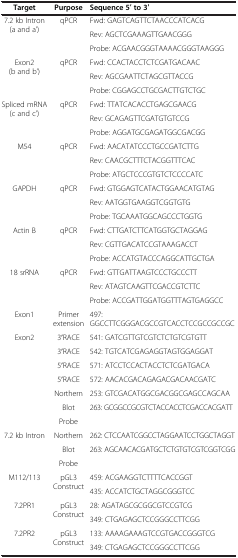
<table><thead><tr><td><b>Target</b></td><td><b>Purpose</b></td><td><b>Sequence 5′ to 3′</b></td></tr></thead><tbody><tr><td rowspan="3">7.2 kb Intron (a and a’)</td><td rowspan="3">qPCR</td><td>Fwd: GAGTCAGTTCTAACCCATCACG</td></tr><tr><td>Rev: AGCTCGAAAGTTGAACGGG</td></tr><tr><td>Probe: ACGAACGGGTAAAACGGGTAAGGG</td></tr><tr><td rowspan="3">Exon2 (b and b’)</td><td rowspan="3">qPCR</td><td>Fwd: CCACTACCTCTCGATGACAAC</td></tr><tr><td>Rev: AGCGAATTCTAGCGTTACCG</td></tr><tr><td>Probe: CGGAGCCTGCGACTTGTCTGC</td></tr><tr><td rowspan="3">Spliced mRNA (c and c’)</td><td rowspan="3">qPCR</td><td>Fwd: TTATCACACCTGAGCGAACG</td></tr><tr><td>Rev: GCAGAGTTCGATGTGTCCG</td></tr><tr><td>Probe: AGGATGCGAGATGGCGACGG</td></tr><tr><td rowspan="3">M54</td><td rowspan="3">qPCR</td><td>Fwd: AACATATCCCTGCCGATCTTG</td></tr><tr><td>Rev: CAACGCTTTCTACGGTTTCAC</td></tr><tr><td>Probe: ATGCTCCCGTGTCTCCCCATC</td></tr><tr><td rowspan="3">GAPDH</td><td rowspan="3">qPCR</td><td>Fwd: GTGGAGTCATACTGGAACATGTAG</td></tr><tr><td>Rev: AATGGTGAAGGTCGGTGTG</td></tr><tr><td>Probe: TGCAAATGGCAGCCCTGGTG</td></tr><tr><td rowspan="3">Actin B</td><td rowspan="3">qPCR</td><td>Fwd: CTTGATCTTCATGGTGCTAGGAG</td></tr><tr><td>Rev: CGTTGACATCCGTAAAGACCT</td></tr><tr><td>Probe: ACCATGTACCCAGGCATTGCTGA</td></tr><tr><td rowspan="3">18 srRNA</td><td rowspan="3">qPCR</td><td>Fwd: GTTGATTAAGTCCCTGCCCTT</td></tr><tr><td>Rev: ATAGTCAAGTTCGACCGTCTTC</td></tr><tr><td>Probe: ACCGATTGGATGGTTTAGTGAGGCC</td></tr><tr><td>Exon1</td><td>Primer extension</td><td>497:GGCCTTCGGGACGCCGTCACCTCCGCCGCCGC</td></tr><tr><td>Exon2</td><td>3′RACE</td><td>541: GATCGTTGTCGTCTCTGTCGTGTT</td></tr><tr><td> </td><td>3′RACE</td><td>542: TGTCATCGAGAGGTAGTGGAGGAT</td></tr><tr><td> </td><td>5′RACE</td><td>571: ATCCTCCACTACCTCTCGATGACA</td></tr><tr><td> </td><td>5′RACE</td><td>572: AACACGACAGAGACGACAACGATC</td></tr><tr><td rowspan="3"> </td><td>Northern</td><td>253: GTCGACATGGCGACGGCGAGCCAGCAA</td></tr><tr><td>Blot</td><td>263: GCGGCCGCGTCTACCACCTCGACCACGATT</td></tr><tr><td>Probe</td><td> </td></tr><tr><td rowspan="3">7.2 kb Intron</td><td>Northern</td><td>262: CTCCAATCGGCCTAGGAATCCTGGCTAGGT</td></tr><tr><td>Blot</td><td>263: AGCAACACGATGCTCTGTGTCGTCGGTCGG</td></tr><tr><td>Probe</td><td> </td></tr><tr><td rowspan="2">M112/113</td><td rowspan="2">pGL3 Construct</td><td>459: ACGAAGGTCTTTTCACCGGT</td></tr><tr><td>435: ACCATCTGCTAGGCGGGTCC</td></tr><tr><td rowspan="2">7.2PR1</td><td rowspan="2">pGL3 Construct</td><td>28: AGATAGCGCGGCGTCCGTCG</td></tr><tr><td>349: CTGAGAGCTCCGGGCCTTCGG</td></tr><tr><td rowspan="2">7.2PR2</td><td rowspan="2">pGL3 Construct</td><td>133: AAAAGAAAGTCCGTGACCGGGTCG</td></tr><tr><td>349: CTGAGAGCTCCGGGCCTTCGG</td></tr></tbody></table>